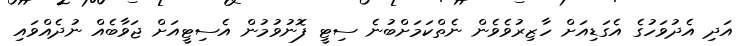
އަދި އެދުވަހުގެ އެގަޑިއަށް ހާޒިރުވެވެން ނެތްކަމަށްބުނެ ސިޓީ ފޮނުވުމުން އެސިޓީއަށް ޖަވާބެއް ނުދެއްވައި